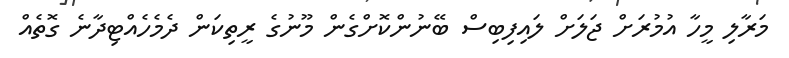
މަރާލި މީހާ އުމުރަށް ޖަލަށް ލައިފިބިސް ބޭނުންކޮށްގެން މޫނުގެ ރީތިކަން ދެމެހެއްޓިދާނެ ގޮތެއް